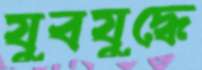
যুবযুদ্ধে